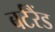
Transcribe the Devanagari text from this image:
बर्टरैंड